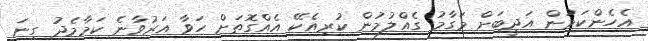
އެހެންކަމުން އަދީބަށް މަގާމު ގެއްލުމުން ކުރިއެކޭ އެއްގޮތަށް ހަވާ އަރުވާނެ ކަމާމެދު ގިނަ